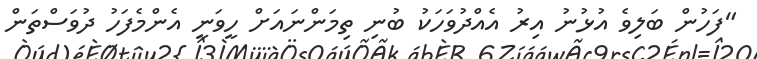
"ފަހުން ބަލިވެ އުޅުނު އިރު އެއްދުވަހަކު ބުނި ތިމަންނައަށް ހީވަނީ އެންމެފަހު ދުވަސްތަން